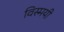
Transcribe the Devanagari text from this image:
विस्मयी